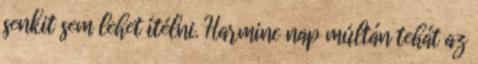
senkit sem lehet ítélni. Harminc nap múltán tehát az